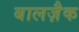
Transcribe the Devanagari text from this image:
बालज़ैक